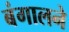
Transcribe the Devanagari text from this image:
बंगालने